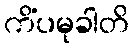
ကိံပမုခါတိ